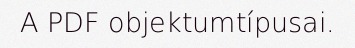
A PDF objektumtípusai.